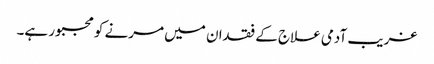
غریب آدمی علاج کے فقدان میں مرنے کو مجبور ہے۔